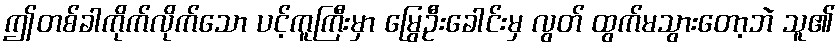
ဤတစ်ခါကိုက်လိုက်သော ပင့်ကူကြီးမှာ မြွေဦးခေါင်းမှ လွတ် ထွက်မသွားတော့ဘဲ သူ၏